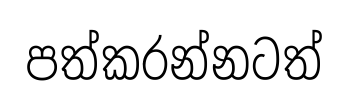
පත්කරන්නටත්